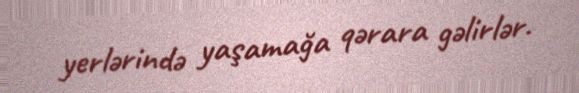
yerlərində yaşamağa qərara gəlirlər.